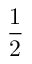
\frac 1 2